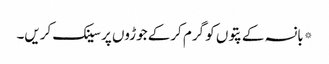
*بانسہ کے پتوں کو گرم کرکے جوڑوں پر سینک کریں۔